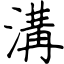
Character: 溝